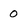
Character: O